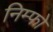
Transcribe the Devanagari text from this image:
निम्फो